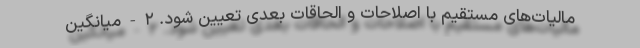
مالیات‌های مستقیم با اصلاحات و الحاقات بعدی تعیین شود. ٢-میانگین